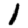
Digit: 1